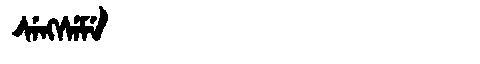
Manchu: ᠰᡝᠩᠰᡝᠮᡝ
Romanization: SENGSEME